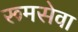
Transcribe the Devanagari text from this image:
रूमसेवा